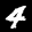
Label: 4